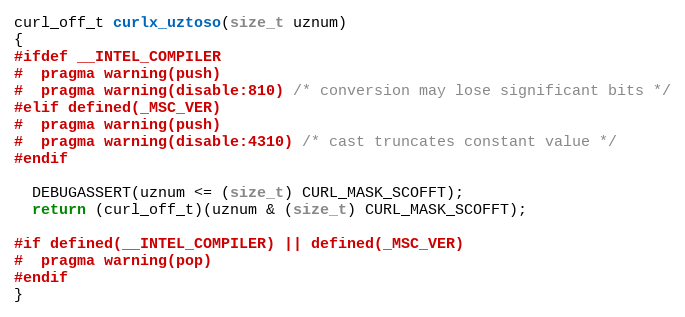
Language: C
curl_off_t curlx_uztoso(size_t uznum)
{
#ifdef __INTEL_COMPILER
#  pragma warning(push)
#  pragma warning(disable:810) /* conversion may lose significant bits */
#elif defined(_MSC_VER)
#  pragma warning(push)
#  pragma warning(disable:4310) /* cast truncates constant value */
#endif

  DEBUGASSERT(uznum <= (size_t) CURL_MASK_SCOFFT);
  return (curl_off_t)(uznum & (size_t) CURL_MASK_SCOFFT);

#if defined(__INTEL_COMPILER) || defined(_MSC_VER)
#  pragma warning(pop)
#endif
}